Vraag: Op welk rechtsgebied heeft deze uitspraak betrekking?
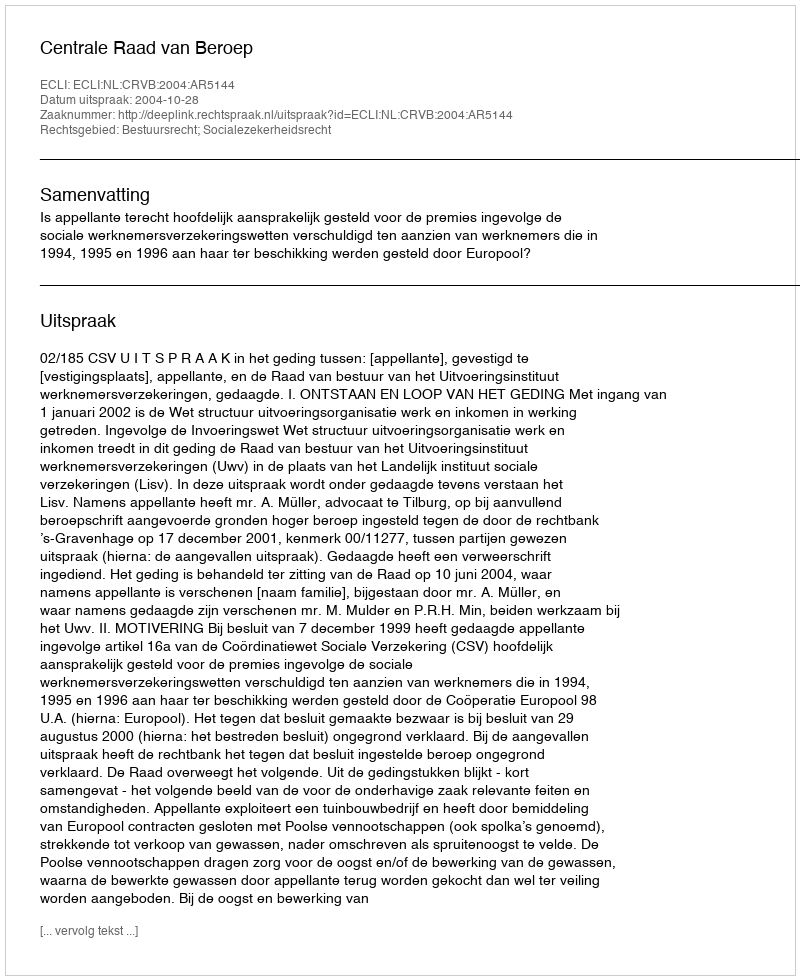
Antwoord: Bestuursrecht; Socialezekerheidsrecht